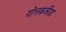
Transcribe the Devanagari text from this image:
गोलकक्रीडा